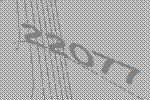
22077